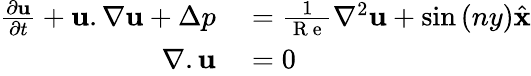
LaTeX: \begin{array}{rl}{\frac{\partial\mathbf{u}}{\partial t}+\mathbf{u}.\nabla\mathbf{u}+\Delta p}&{{}=\frac{1}{\mathrm{~R~e~}}\nabla^{2}\mathbf{u}+\sin{(ny)}\hat{\mathbf{x}}}\\ {\nabla.\mathbf{u}}&{{}=0}\end{array}